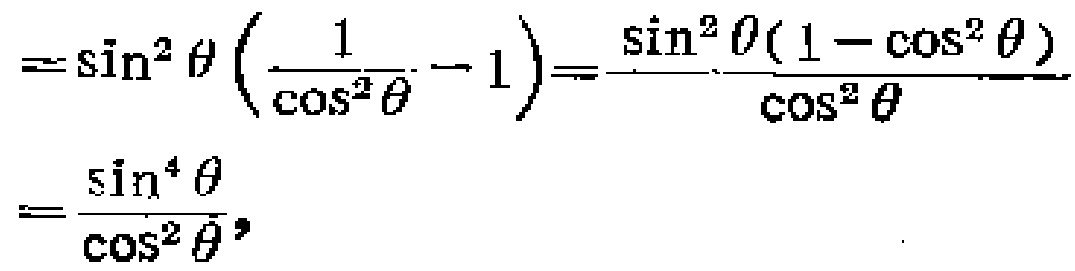
\[
=\sin^{2}\theta\left(\frac{1}{\cos^{2}\theta}-1\right)=\frac{\sin^{2}\theta(1 - \cos^{2}\theta)}{\cos^{2}\theta}=\frac{\sin^{4}\theta}{\cos^{2}\theta},
\]